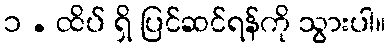
၁ . ထိပ် ရှိ ပြင်ဆင်ရန်ကို သွားပါ။